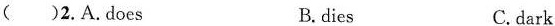
( )2.A.Does B.dies C.dark